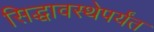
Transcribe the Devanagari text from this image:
सिद्धावस्थेपर्यंत